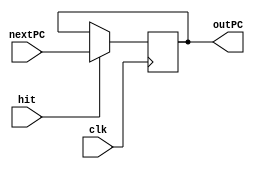
module PCRegister #(localparam SIZE = 32)(
	input clk, hit,
	input [SIZE-1:0] nextPC,
	output reg [SIZE-1:0] outPC = 0
    );
	 
	 always @(negedge clk)
	 begin
		if (hit)
			outPC = nextPC;
	 end

	

endmodule